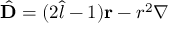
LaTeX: { \hat { \mathbf { D } } } = ( 2 { \hat { l } } - 1 ) \mathbf { r } - r ^ { 2 } { \boldsymbol { \nabla } }